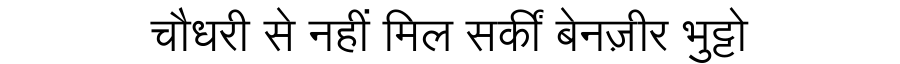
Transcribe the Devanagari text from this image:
चौधरी से नहीं मिल सकीं बेनज़ीर भुट्टो